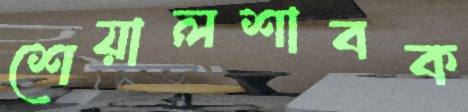
শেয়ালশাবক